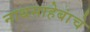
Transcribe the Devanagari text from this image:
नाथसाहेबांचे